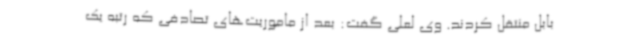
بابل منتقل کردند. وی لعلی گفت: بعد از ماموریت‌های تصادفی که رتبه یک